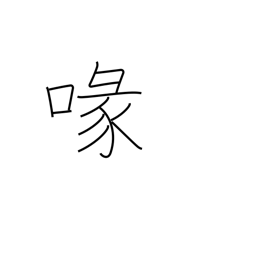
Meaning: beak